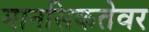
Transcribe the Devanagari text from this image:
मानसिकतेवर